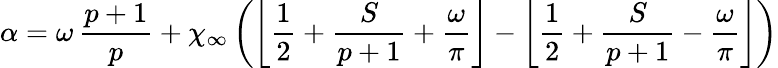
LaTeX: \alpha=\omega\, \displaystyle\frac{p+1}{p}+\chi_{\infty}\left(\left\lfloor\displaystyle\frac{1}{2}+\displaystyle\frac{S}{p+1}+\displaystyle\frac{\omega}{\pi}\right\rfloor-\left\lfloor\displaystyle\frac{1}{2}+\displaystyle\frac{S}{p+1}-\displaystyle\frac{\omega}{\pi}\right\rfloor\right)